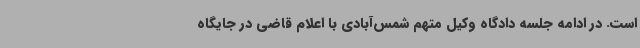
است. در ادامه جلسه دادگاه وکیل متهم شمس‌آبادی با اعلام قاضی در جایگاه